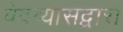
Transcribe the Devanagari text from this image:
वेदव्यासद्वारा